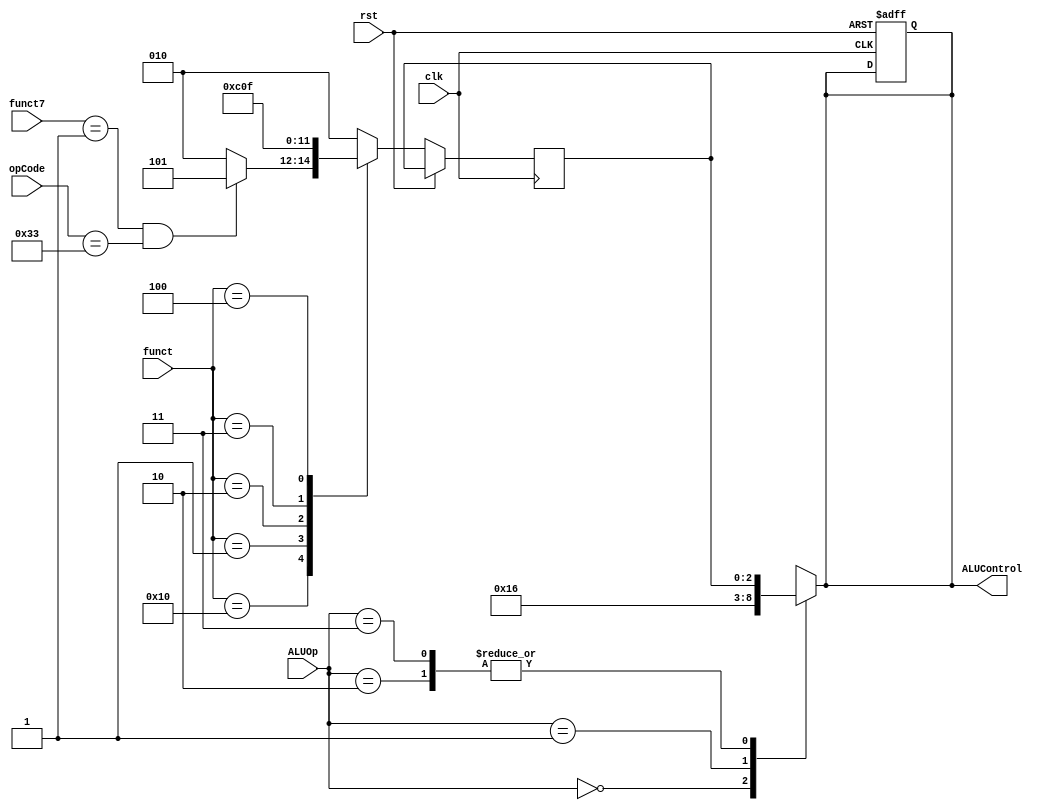
module ALUDecoder (
    input clk, rst,
	 input [6:0] opCode,
    input [5:0]funct,
	 input [6:0] funct7,
    input [1:0]ALUOp,
    output reg [2:0]ALUControl
    );

localparam ADD_FN  = 5'b10000;
localparam SUB_FN  = 3'b001;
localparam AND_FN  = 3'b010;
localparam OR_FN   = 3'b011;
localparam SLT_FN  = 3'b100;
localparam R_Type = 7'b0110011;

reg [2:0] ALUFunctions_o;

always @(posedge clk, posedge rst) 
    begin
        if(rst)
            ALUControl <= 3'b000;
        else
            case (funct)
                ADD_FN:
						if((funct7 == 6'h01) & (opCode == R_Type))
                    ALUFunctions_o <= 3'b101;
						 else
                    ALUFunctions_o <= 3'b010;
                SUB_FN:
                    ALUFunctions_o <= 3'b110;
                AND_FN:
                    ALUFunctions_o <= 3'b000;
                OR_FN:
                    ALUFunctions_o <= 3'b001;
                SLT_FN:
                    ALUFunctions_o <= 3'b111;
                default: 
                    ALUFunctions_o <= 3'b010;
            endcase
    end

always @(ALUOp) 
    begin
        case (ALUOp)
            2'b00:
                ALUControl <= 3'b010;
            2'b01:
                ALUControl <= 3'b110;
            2'b10:
                ALUControl <= ALUFunctions_o;
            2'b11:
                ALUControl <= ALUFunctions_o;
        endcase
    end
    
endmodule